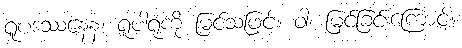
ရူပဒဿနေန၊ ရူပါရုံကို မြင်သဖြင့်။ ဝါ၊ မြင်ခြင်းကြောင့်။